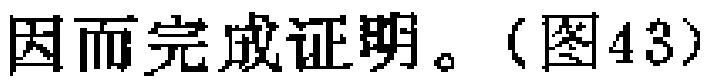
因而完成证明。（图43）